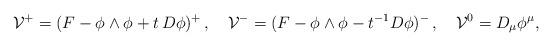
LaTeX: \begin{align*}\mathcal{V}^+ = (F - \phi \wedge \phi + t\,D \phi )^+\,, \quad\mathcal{V}^- = (F - \phi \wedge \phi - t^{-1} D \phi )^-\,,\quad\mathcal{V}^0 = D_{\mu} \phi^\mu, \end{align*}